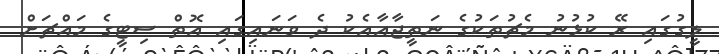
ލީގުގައި ރޭ ކުޅުނު މެޗުތަކުގެ ނަތީޖާއާއެކު ދެ ވަނައިގައި އޮތް ސިޓީގެ މައްޗަށް